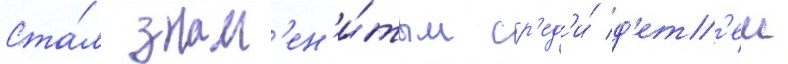
Ста́л знам'ен'и́тым ср'ед'и́ д'ет'еи